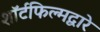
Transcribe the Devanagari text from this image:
शॉर्टफिल्मद्वारे